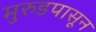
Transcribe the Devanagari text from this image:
मुरुडपासून